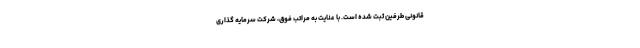
قانونی طرفین ثبت شده است. با عنایت به مراتب فوق، شرکت سرمایه گذاری